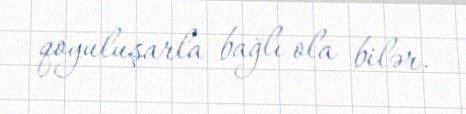
qoyuluşarla bağlı ola bilər.